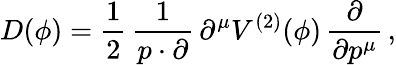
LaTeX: D(\phi)=\frac{1}{2}\, \frac{1}{p\cdot\partial}\, \partial^{\mu}V^{(2)}(\phi)\, \frac{\partial}{\partial p^{\mu}}\, ,